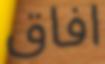
افاق